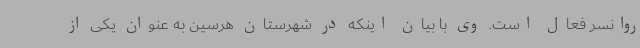
روانسر فعال است. وی با بیان اینکه در شهرستان هرسین به عنوان یکی از